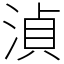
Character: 湞